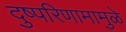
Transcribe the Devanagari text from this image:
दुष्परिणामामुळे